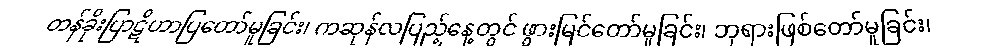
တန်ခိုးပြာဋိဟာပြတော်မူခြင်း၊ ကဆုန်လပြည့်နေ့တွင် ဖွားမြင်တော်မူခြင်း၊ ဘုရားဖြစ်တော်မူခြင်း၊